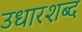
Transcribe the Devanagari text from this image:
उधारशब्द